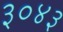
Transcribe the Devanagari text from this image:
३०४३